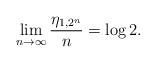
LaTeX: \begin{align*}\lim_{n\to\infty} \frac{\eta_{1,2^n}}{n}=\log 2.\end{align*}